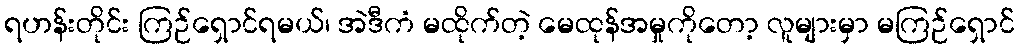
ရဟန်းတိုင်း ကြဉ်ရှောင်ရမယ်၊ အဲဒီကံ မထိုက်တဲ့ မေထုန်အမှုကိုတော့ လူများမှာ မကြဉ်ရှောင်